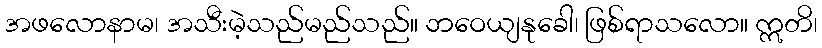
အဖလောနာမ၊ အသီးမဲ့သည်မည်သည်။ ဘဝေယျနုခေါ၊ ဖြစ်ရာသလော။ ဣတိ၊